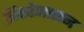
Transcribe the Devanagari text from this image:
त्रिकोणासन